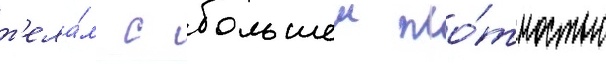
т'ела́м с большеи пло́тностью